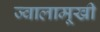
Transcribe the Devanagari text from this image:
ज्वालामूखी